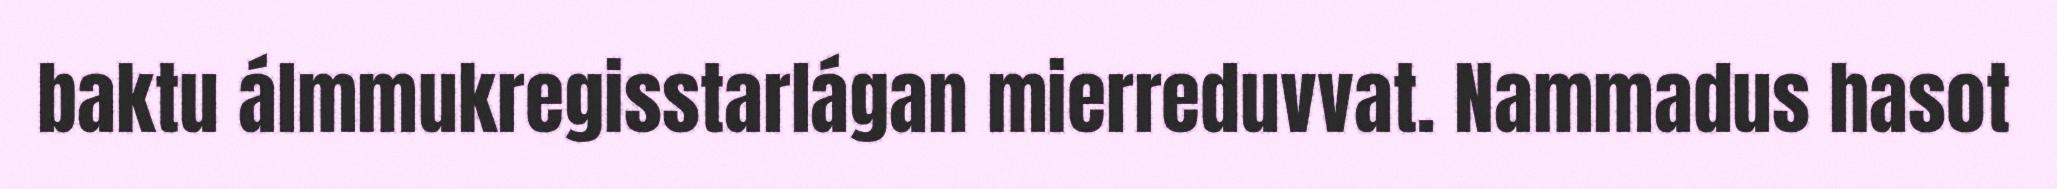
baktu álmmukregisstarlágan mierreduvvat. Nammadus hasot